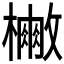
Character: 𭬡